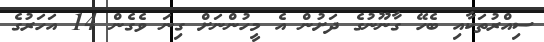
ސިއްރުތަކާއި ބެހޭ ގާނޫނުގެ ދަށުން އެ މީހުންނަށް ގިނަ ވެގެން 14 އަހަރުގެ